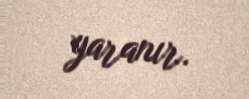
yaranır.